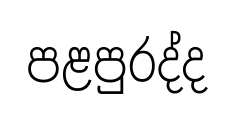
පළපුරද්ද